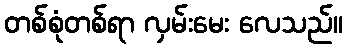
တစ်စုံတစ်ရာ လှမ်းမေး လေသည်။